Scientific memoirs by medical officers of the Army of India - Part III,
Year: 1887
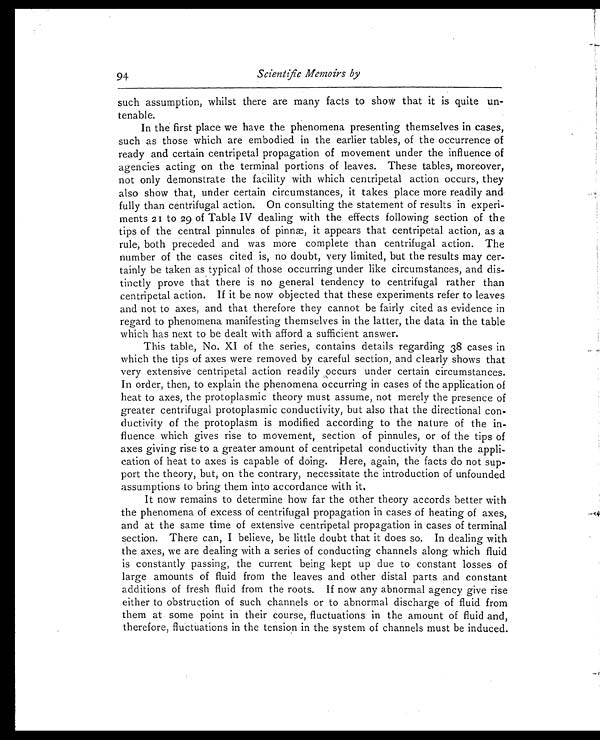
Scientific Memoirs by
such assumption, whilst there are many facts to show that it is quite un-
tenable.
In the first place we have the phenomena presenting themselves in cases,
such as those which are embodied in the earlier tables, of the occurrence of
ready and certain centripetal propagation of movement under the influence of
agencies acting on the terminal portions of leaves. These tables, moreover,
not only demonstrate the facility with which centripetal action occurs, they
also show that, under certain circumstances, it takes place more readily and
fully than centrifugal action. On consulting the statement of results in experi-
ments 21 to 29 of Table IV dealing with the effects following section of the
tips of the central pinnules of pinnæ, it appears that centripetal action, as a
rule, both preceded and was more complete than centrifugal action. The
number of the cases cited is, no doubt, very limited, but the results may cer-
tainly be taken as typical of those occurring under like circumstances, and dis-
tinctly prove that there is no general tendency to centrifugal rather than
centripetal action. If it be now objected that these experiments refer to leaves
and not to axes, and that therefore they cannot be fairly cited as evidence in
regard to phenomena manifesting themselves in the latter, the data in the table
which has next to be dealt with afford a sufficient answer.
This table, No. XI of the series, contains details regarding 38 cases in
which the tips of axes were removed by careful section, and clearly shows that
very extensive centripetal action readily occurs under certain circumstances.
In order, then, to explain the phenomena occurring in cases of the application of
heat to axes, the protoplasmic theory must assume, not merely the presence of
greater centrifugal protoplasmic conductivity, but also that the directional con-
ductivity of the protoplasm is modified according to the nature of the in-
fluence which gives rise to movement, section of pinnules, or of the tips of
axes giving rise to a greater amount of centripetal conductivity than the appli-
cation of heat to axes is capable of doing. Here, again, the facts do not sup-
port the theory, but, on the contrary, necessitate the introduction of unfounded
assumptions to bring them into accordance with it.
It now remains to determine how far the other theory accords better with
the phenomena of excess of centrifugal propagation in cases of heating of axes,
and at the same time of extensive centripetal propagation in cases of terminal
section. There can, I believe, be little doubt that it does so. In dealing with
the axes, we are dealing with a series of conducting channels along which fluid
is constantly passing, the current being kept up due to constant losses of
large amounts of fluid from the leaves and other distal parts and constant
additions of fresh fluid from the roots. If now any abnormal agency give rise
either to obstruction of such channels or to abnormal discharge of fluid from
them at some point in their course, fluctuations in the amount of fluid and,
therefore, fluctuations in the tension in the system of channels must be induced.
94